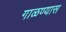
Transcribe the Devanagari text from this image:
गाळण्यास